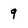
Character: 9